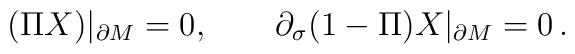
(\Pi X)|_{\partial M}=0,\qquad \partial_\sigma (1-\Pi )X |_{\partial M}=0 \,.